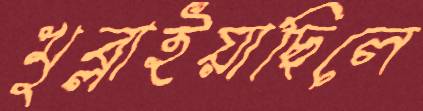
খুব্‌লাইয়াছিলে